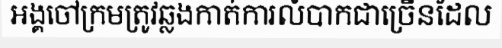
អង្គចៅក្រមត្រូវឆ្លងកាត់ការលំបាកជាច្រើនដែល